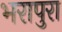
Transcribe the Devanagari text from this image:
भरापुरा